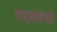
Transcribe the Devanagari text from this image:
तद्संबंधी